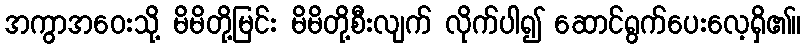
အကွာအဝေးသို့ မိမိတို့မြင်း မိမိတို့စီးလျက် လိုက်ပါ၍ ဆောင်ရွက်ပေးလေ့ရှိ၏။